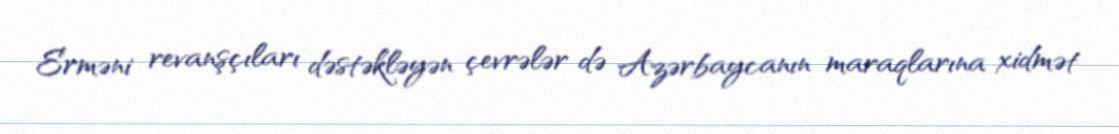
Erməni revanşçıları dəstəkləyən çevrələr də Azərbaycanın maraqlarına xidmət